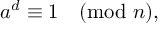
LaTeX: a ^ { d } \equiv 1 { \pmod { n } } ,